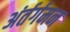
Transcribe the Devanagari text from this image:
अंर्तर्गमन